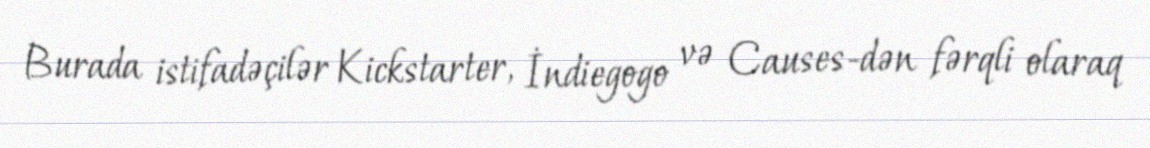
Burada istifadəçilər Kickstarter, İndiegogo və Causes-dən fərqli olaraq